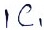
Text: IC